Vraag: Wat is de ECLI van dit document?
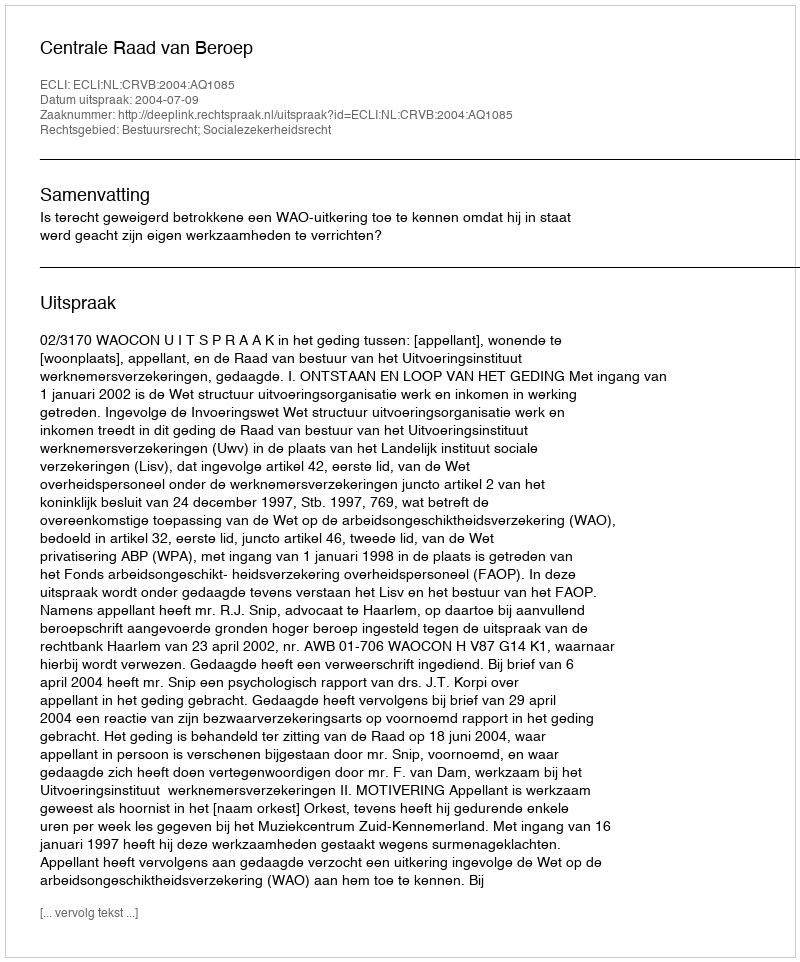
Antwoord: ECLI:NL:CRVB:2004:AQ1085